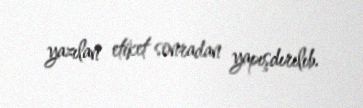
yazılan etiket sonradan yapışdırılıb.